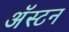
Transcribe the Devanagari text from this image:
अॅस्टन